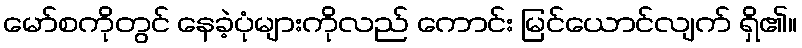
မော်စကိုတွင် နေခဲ့ပုံများကိုလည် ကောင်း မြင်ယောင်လျက် ရှိ၏။